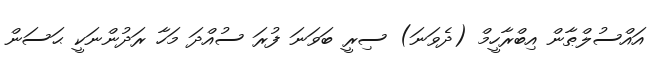
އައްސުލްޠާން އިބްރާހީމް (ދެވަނަ) ސިރީ ބަވަނަ ފުރަ ސުއްދަ މަހާ ރަދުންނަކީ ޙަސަން